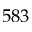
5 8 3